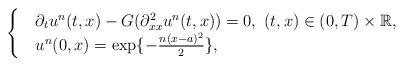
LaTeX: \begin{align*}\begin{cases}&\partial_{t}u^n(t,x)-G(\partial^2_{xx}u^n(t,x))=0, \ (t,x)\in(0,T)\times \mathbb{R},\\& u^n(0,x)=\exp\{-\frac{n(x-a)^2}{2}\},\end{cases}\end{align*}